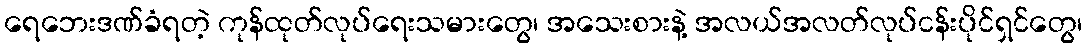
ရေဘေးဒဏ်ခံရတဲ့ ကုန်ထုတ်လုပ်ရေးသမားတွေ၊ အသေးစားနဲ့ အလယ်အလတ်လုပ်ငန်းပိုင်ရှင်တွေ၊